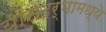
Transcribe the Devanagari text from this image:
यासदर्भामध्ये